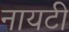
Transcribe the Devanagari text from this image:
नायटी